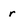
Character: r